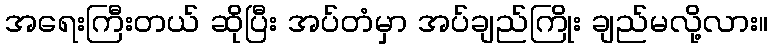
အရေးကြီးတယ် ဆိုပြီး အပ်တံမှာ အပ်ချည်ကြိုး ချည်မလို့လား။